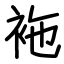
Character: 袘